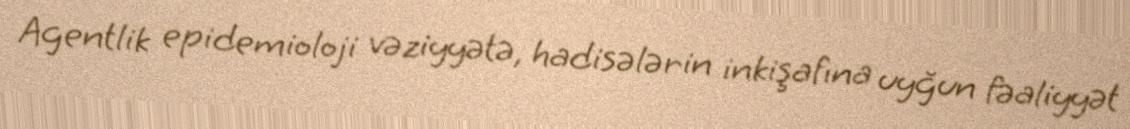
Agentlik epidemioloji vəziyyətə, hadisələrin inkişafına uyğun fəaliyyət